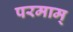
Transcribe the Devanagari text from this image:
परमाम्